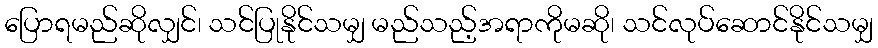
ပြောရမည်ဆိုလျှင်၊ သင်ပြုနိုင်သမျှ မည်သည့်အရာကိုမဆို၊ သင်လုပ်ဆောင်နိုင်သမျှ